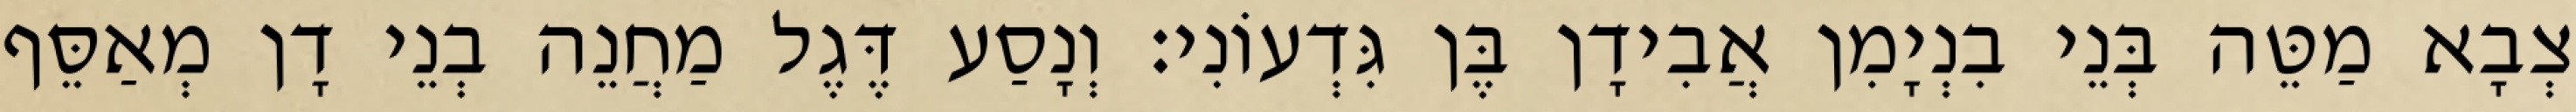
צְבָא מַטֵּה בְּנֵי בִנְיָמִן אֲבִידָן בֶּן גִּדְעוֹנִי׃ וְנָסַע דֶּגֶל מַחֲנֵה בְנֵי דָן מְאַסֵּף